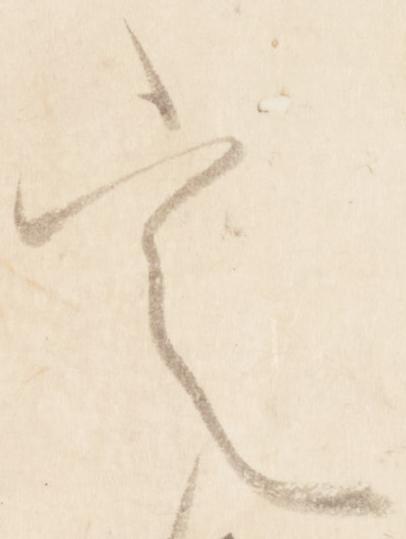
定